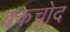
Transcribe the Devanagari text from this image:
बकचोद